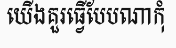
យើងគួរធ្វើបែបណាកុំ